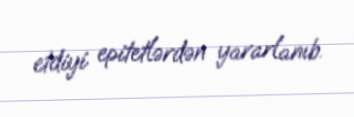
etdiyi epitetlərdən yararlanıb.